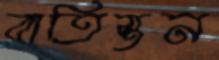
বাতিস্তন